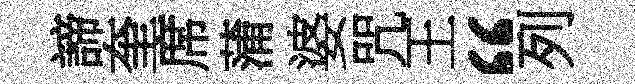
諦奎席蒲婆咒王“列